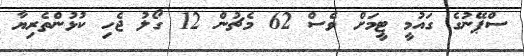
ސްޕޭނުގެ ގައުމީ ޓީމަށް ވެސް 62 މެޗުން 12 ގޯލު ޖެހި ކުޅުންތެރިޔާ